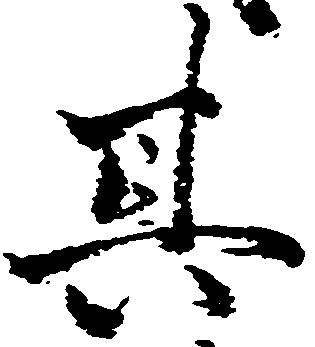
其